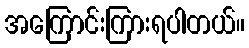
အကြောင်းကြားရပါတယ်။